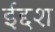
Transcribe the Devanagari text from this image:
ईद्दश